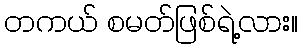
တကယ် စမတ်ဖြစ်ရဲ့လား။